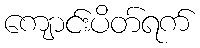
ကျောင်းပိတ်ရက်